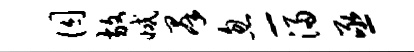
囚放减群忽-浸亟